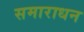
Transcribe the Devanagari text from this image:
समाराधन